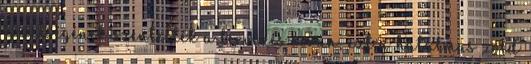
közelségének szentelték a tervezés során, ezt a hatalmas zöld